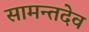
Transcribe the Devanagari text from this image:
सामन्तदेव